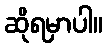
ဆိုရမှာပါ။